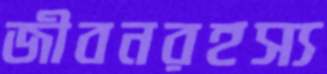
জীবনরহস্য